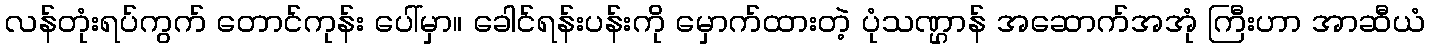
လန်တုံးရပ်ကွက် တောင်ကုန်း ပေါ်မှာ။ ခေါင်ရန်းပန်းကို မှောက်ထားတဲ့ ပုံသဏ္ဌာန် အဆောက်အအုံ ကြီးဟာ အာဆီယံ